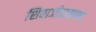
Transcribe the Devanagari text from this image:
शिवाजीराजाच्या